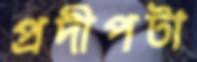
প্রদীপটা